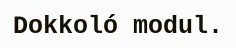
Dokkoló modul.